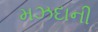
મઝદાની